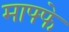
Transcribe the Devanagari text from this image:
माफ्फे